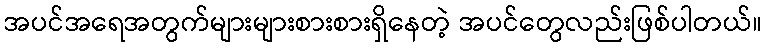
အပင်အရေအတွက်များများစားစားရှိနေတဲ့ အပင်တွေလည်းဖြစ်ပါတယ်။